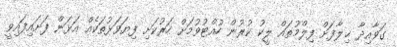
ގަވާއިދާ ޚިލާފަށް ފިލްމުތައް ލީކު ކުރުން ހުއްޓުވުމަށް ހަރުކަށި ފިޔަވަޅުތަކެއް އަޅަން ފަށައިފައިވީ